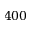
4 0 0